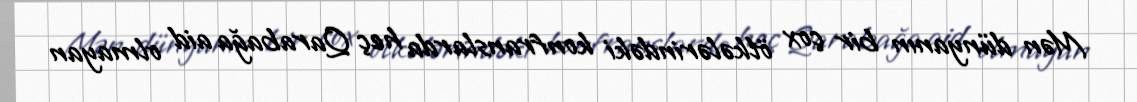
Mən dünyanın bir çox ölkələrindəki konfranslarda heç Qarabağa aid olmayan